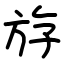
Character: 斿